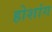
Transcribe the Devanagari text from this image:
होशांग